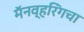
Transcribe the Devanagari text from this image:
मॅनव्हरिंगचा